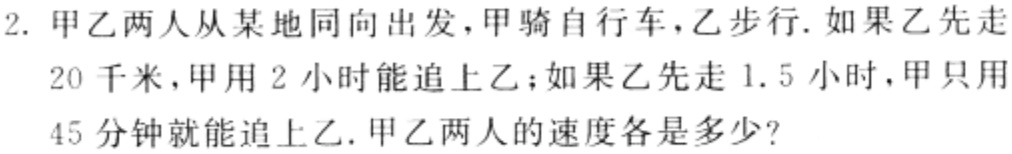
2. 甲乙两人从某地同向出发，甲骑自行车，乙步行. 如果乙先走
20 千米，甲用 2 小时能追上乙；如果乙先走 1.5 小时，甲只用
45 分钟就能追上乙. 甲乙两人的速度各是多少?